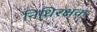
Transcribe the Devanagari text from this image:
निधिरक्षक